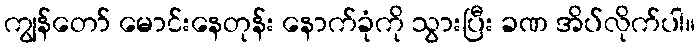
ကျွန်တော် မောင်းနေတုန်း နောက်ခုံကို သွားပြီး ခဏ အိပ်လိုက်ပါ။